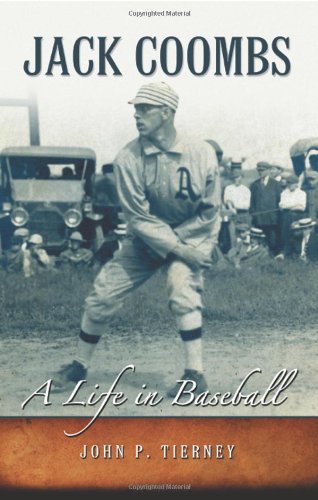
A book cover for Jack Coombs: A Life in Baseball; John P. Tierney; Biographies & Memoirs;